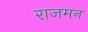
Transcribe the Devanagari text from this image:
राजमन